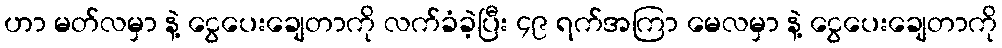
ဟာ မတ်လမှာ နဲ့ ငွေပေးချေတာကို လက်ခံခဲ့ပြီး ၄၉ ရက်အကြာ မေလမှာ နဲ့ ငွေပေးချေတာကို